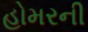
હોમરની